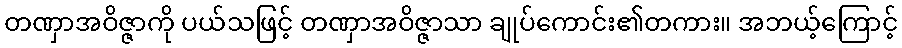
တဏှာအဝိဇ္ဇာကို ပယ်သဖြင့် တဏှာအဝိဇ္ဇာသာ ချုပ်ကောင်း၏တကား။ အဘယ့်ကြောင့်